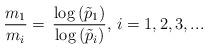
LaTeX: \begin{align*}\frac{m_1}{m_{i}}=\,\frac{\log\left(\tilde{p}_1\right)}{\log\left(\tilde{p}_{i}\right)},\,i=1,2,3,...\end{align*}